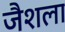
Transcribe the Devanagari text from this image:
जैशला